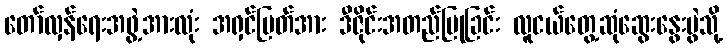
တော်လှန်ရေးအဖွဲ့အားလုံး အရှင်မြတ်အား ဒီဇိုင်းအတည်ပြုခြင်း လူငယ်တွေ့ဆုံဆွေးနွေးပွဲသို့